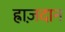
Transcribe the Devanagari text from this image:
ह्राज़दान